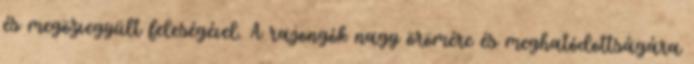
és megözvegyült feleségével. A rajongók nagy örömére és meghatódottságára